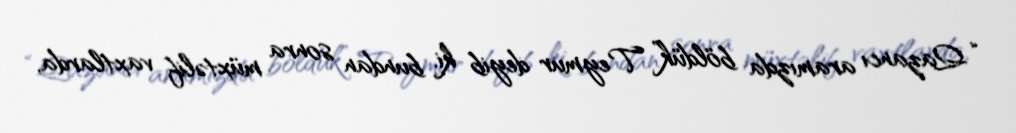
“Qazancı aramızda böldük” Teymur deyib ki, bundan sonra müxtəlif vaxtlarda,